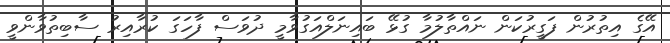
އޭގެ އިތުރުން ފަގީރުކަން ނައްތާލުމާ ގުޅޭ ބައިނަލްއަގުވާމީ ދުވަސް ފާހަގަ ކުރާއިރު ސާބިތުވާންވީ